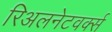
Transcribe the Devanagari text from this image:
रिअलनेटवर्क्स